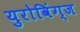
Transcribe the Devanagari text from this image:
युरोविंग्ज